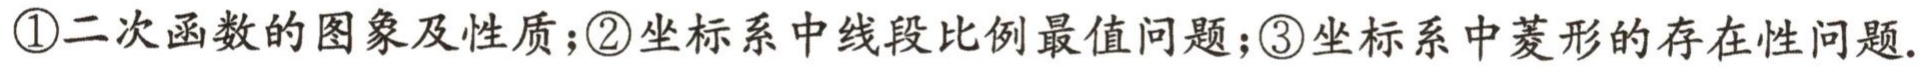
\textcircled{1}二次函数的图象及性质；\textcircled{2}坐标系中线段比例最值问题；\textcircled{3}坐标系中菱形的存在性问题.